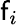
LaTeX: \mathsf{f}_{i}